Indian journal of veterinary science and animal husbandry - Volume 8,
Year: 1938
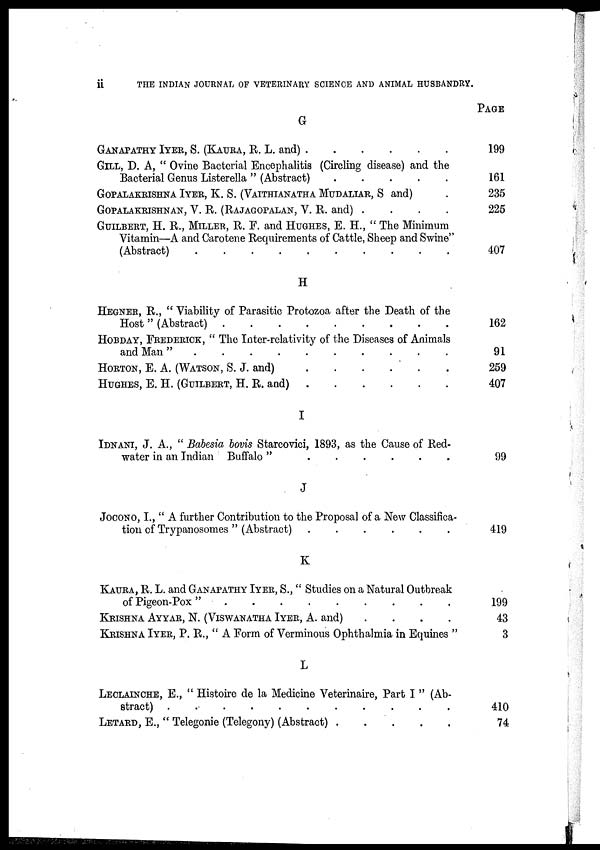
ii
THE INDIAN JOURNAL OF VETERINARY SCIENCE AND ANIMAL HUSBANDRY.
G
GANAPATHY IYER, S. (KAURA, R. L. and) . . . . . .
GILL, D. A, " Ovine Bacterial Encephalitis (Circling disease) and the
Bacterial Genus Listerella " (Abstract) . . . . .
GOPALAKRISHNA IYER, K. S. (VAITHIANATHA MUDALIAR,S and) .
GOPALAKRISHNAN, V. R. (RAJAGOPALAN, V. R.and) .
. . .
GUILBERT, H. R., MILLER, R. F. and HUGHES, E. H., " The Minimum
Vitamin—A and Carotene Requirements of Cattle, Sheep and Swine"
(Abstract) . . . . . . . . .
H
HENGER, R., " Viability of Parasitic Protozoa after the Death of the
Host " (Abstract) . . . . . . . . .
HOBDAY, FREDERICK, "The Inter-relativity of the Diseases of Animals
and Man " . . . . . . . . .
HORTON, E. A. (WATSON, S. J. and) . . . . . .
HUGHES, E. H. (GUILBERT, H. R. and)
.
.
.
.
.
.
I
IDNANI, J. A., " Babesia bovis Starcovici, 1893, as the Cause of Red-
water in an Indian Buffalo " . . . . . .
J
JOCONO, I., " A Further Contribution to the Proposal of a New Classifica-
tion of Trypanosomes " (Abstract) . . . . . .
K
KUARA, R. L. and GANAPATHY IYER, S., " Studies on a Natural Outbreak
of Pigeon-Pox " . . . . . . . . .
KRISHNA AYYAR, N. (VISWANATHA IYER, A. and)
.
.
.
.
KRISHNA IYER, P. R., " A Form of Verminous Ophthalmia in Equines "
L
LECLATNCHE, E., " Histoire de la Medicine Veterinaire, Part I " (Ab-
LETARD, E., " Telegonie (Telegony) (Abstract) . . . . . .
PAGE
199
161
235
225
407
162
91
259
407
99
419
199
43
3
410
74